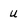
Character: U